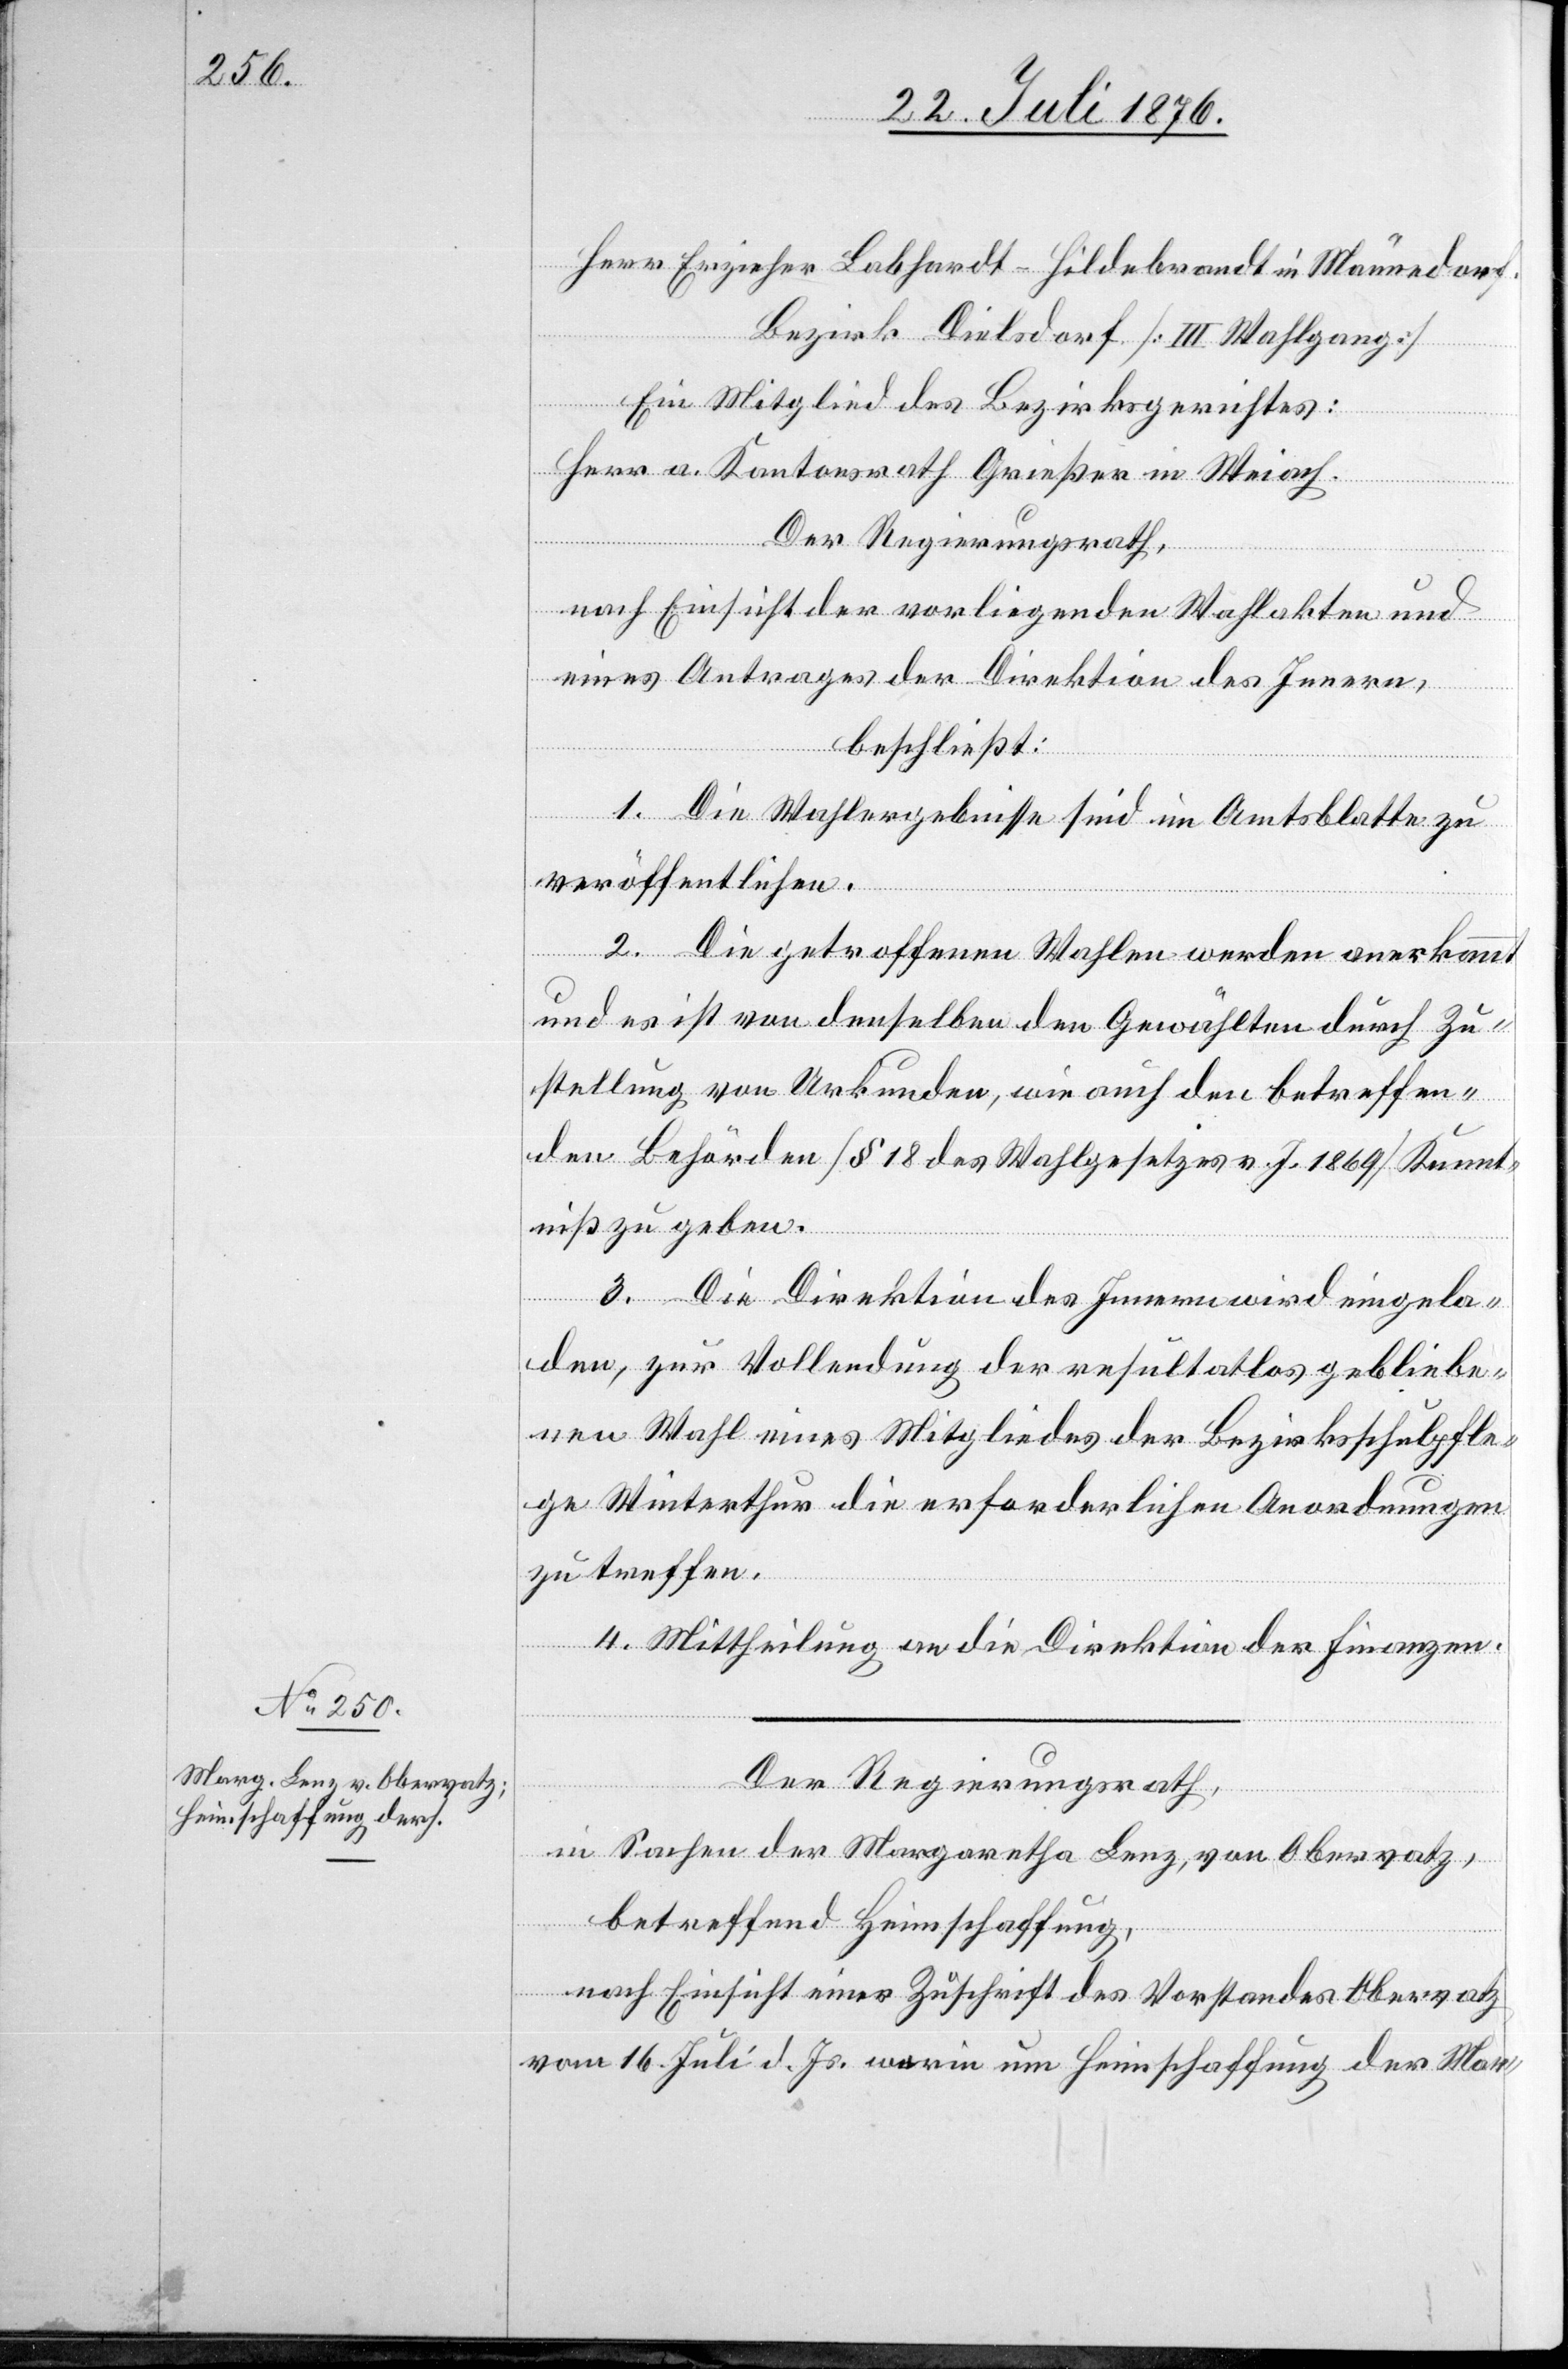
26. Juli 1876.]
Herr Erzieher Labhardt-Hildebrandt in Männedorf.
Bezirk Dielsdorf [III. Wahlgang]
Ein Mitglied des Bezirksgerichtes:
Herr a. Kantonsrath Griesen in Weiach.
Der Regierungsrath,
nach Einsicht der vorliegenden Wahlakten und
eines Antrages der Direktion des Innern,
beschließt:
1. Die Wahlergebnisse sind im Amtsblatte zu
veröffentlichen.
2. Die getroffenen Wahlen werden anerkannt
und es ist von denselben den Gewählten durch Zu¬
stellung von Urkunden, wie auch den betreffen¬
den Behörden [§ 18 des Wahlgesetzes v. J. 1869] Kennt¬
niß zu geben.
3. Die Direktion des Innern wird eingela¬
den, zur Vollendung der resultatlos gebliebe¬
nen Wahl eines Mitgliedes der Bezirksschulpfle¬
ge Winterthur die erforderlichen Anordnungen
zu treffen.
4. Mittheilung an die Direktion der Finanzen.
Der Regierungsrath,
in Sachen der Margaretha Lenz, von Obervatz,
betreffend Heimschaffung,
nach Einsicht einer Zuschrift des Vorstandes Obervatz
vom 16. Juli d. Js. worin um Heimschaffung der Mar-